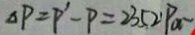
\Delta P = P ^ { \prime } - P = 2 3 5 2 1 P a -